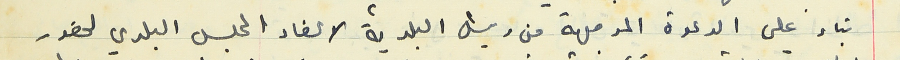
بناء على الدعوة الموجهة من رئيس البلدية لاعضاء المجلس البلدي لحضور